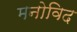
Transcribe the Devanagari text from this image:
मनोविद